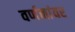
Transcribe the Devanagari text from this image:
वर्णनांवर